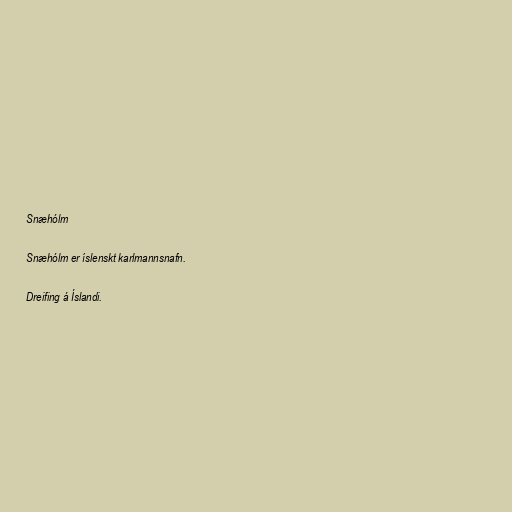
Snæhólm

Snæhólm er íslenskt karlmannsnafn.

Dreifing á Íslandi.